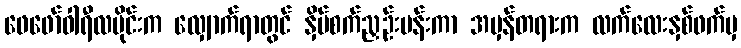
ဖေဖော်ဝါရီလပိုင်းက လျှောက်ရာတွင် နှိပ်စက်ညှဉ်းပန်းကာ အမှန်တရားက လက်လေးနှစ်ဖက်မှ